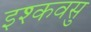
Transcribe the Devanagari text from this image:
इश्कवसु